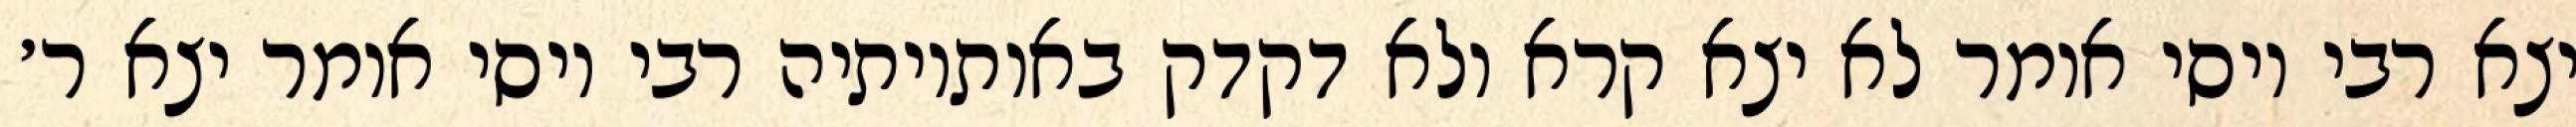
יצא רבי יוסי אומר לא יצא קרא ולא דקדק באותיותיה רבי יוסי אומר יצא ר׳